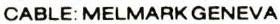
CABLE: MELMARK GENEVA